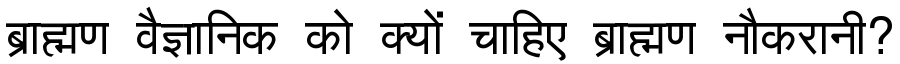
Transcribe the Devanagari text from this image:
ब्राह्मण वैज्ञानिक को क्यों चाहिए ब्राह्मण नौकरानी?